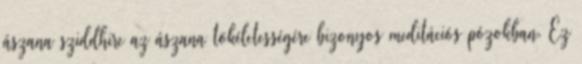
ászana sziddhire az ászana tökéletességére bizonyos meditációs pózokban. Ez